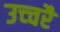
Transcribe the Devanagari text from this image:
उच्‍चरै